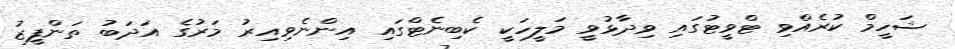
ޝަހީމް ކުރެއްވި ޓްވީޓުގައި ވިދާޅުވީ މަލީހަކީ ކެބިނެޓްގައި އިންނެވިއިރު މަރުގެ އަދަބު ތަންފީޒު